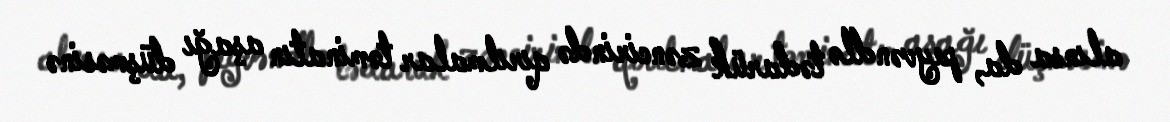
alınsa da, peyvəndlə tədarük zəncirində qırılmalar təminatın aşağı düşməsinə